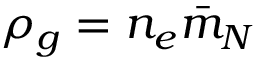
\rho _ { g } = n _ { e } \bar { m } _ { N }